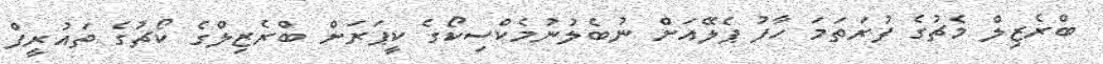
ބްރެޒިލް މެޗުގެ ފުރަތަމަ ހާފު ޕެލޭއަށް ނުބެލުނުމެކްސިކޯގެ ކީޕަރަށް ބްރެޒިލްގެ ކޯޗުގެ ތައުރީފް